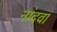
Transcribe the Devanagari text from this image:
नांदवा